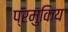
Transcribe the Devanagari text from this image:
प्रमुकिय